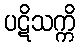
ပဋိသက္ကိ